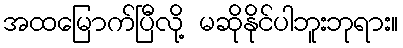
အထမြောက်ပြီလို့ မဆိုနိုင်ပါဘူးဘုရား။